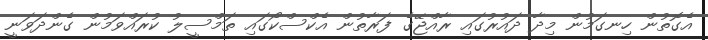
އެގޮތުން ހިނގަމުން މިދާ ދައުރުގައި ރާއްޖޭގެ ފަރާތުން އެކްސްކޯގައި ތަމްސީލު ކުރައްވަމުން ގެންދަވަނީ